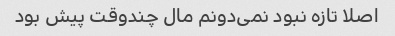
اصلا تازه نبود نمی‌دونم مال چندوقت پیش بود